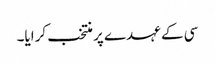
سی کے عہدے پر منتخب کرایا۔